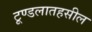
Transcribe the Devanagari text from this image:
टूण्डलातहसील